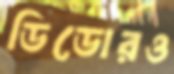
ডিডোরও